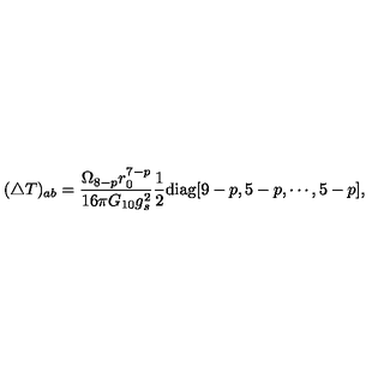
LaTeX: ( \triangle T ) _ { a b } = \frac { \Omega _ { 8 - p } r _ { 0 } ^ { 7 - p } } { 1 6 \pi G _ { 1 0 } g _ { s } ^ { 2 } } \frac { 1 } { 2 } \mathrm { d i a g } [ 9 - p , 5 - p , \cdots , 5 - p ] ,